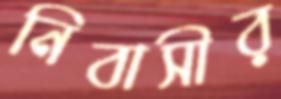
নিবাসীর